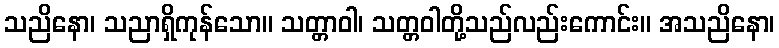
သညိနော၊ သညာရှိကုန်သော။ သတ္တာဝါ၊ သတ္တဝါတို့သည်လည်းကောင်း။ အသညိနော၊